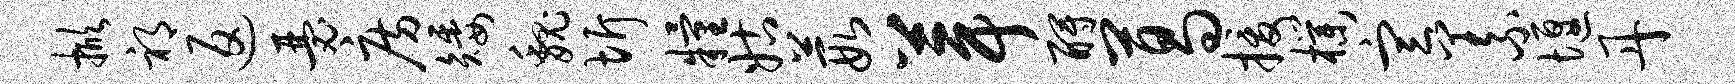
掀祁返瑟房矮魏圻粮姑葭葺酹葛援朴宣义堰丹